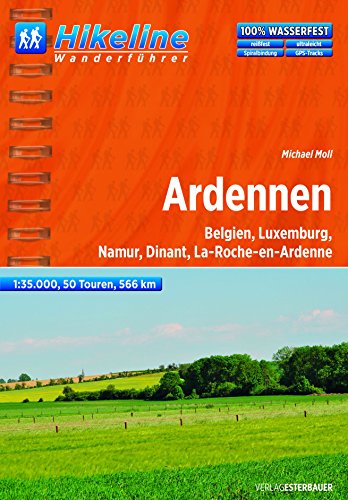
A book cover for Ardennen Wanderfuehrer Belgien, Luxemburg, Namur, Dinant, La-Roche-en-Ardenne: BIKEWF.BE.10; Travel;